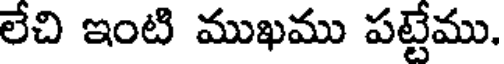
లేచి ఇంటి ముఖము పట్టేము.